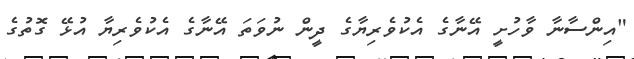
"އިންސާނާ ވާހުށީ އޭނާގެ އެކުވެރިޔާގެ ދީން ނުވަތަ އޭނާގެ އެކުވެރިޔާ އުޅޭ ގޮތުގެ